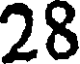
28